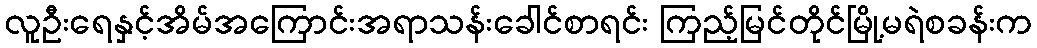
လူဦးရေနှင့်အိမ်အကြောင်းအရာသန်းခေါင်စာရင်း ကြည့်မြင်တိုင်မြို့မရဲစခန်းက